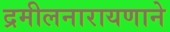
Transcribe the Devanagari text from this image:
द्रमीलनारायणाने